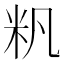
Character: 𱸴